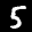
Label: 5